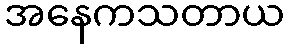
အနေကသတာယ